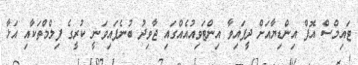
ޓައިމްސް އޮފް އިންޑިޔާއަށް ދީފައިވާ އިންޓަވިއުއެއްގައި ޖާވިދު ބުނެފައިވަނީ ކުރީގެ ފިލްމްތަކާއި އަޅާ